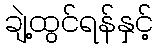
ချဲ့ထွင်ရန်နှင့်